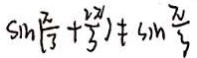
\sin ( \frac { \pi } { 3 } + \frac { 2 \pi } { 3 } ) \neq \sin \frac { \pi } { 3 }